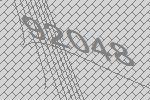
92048